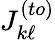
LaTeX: J_{k\ell}^{(to)}